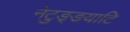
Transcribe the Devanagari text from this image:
नेटुङ्ङयाटि